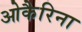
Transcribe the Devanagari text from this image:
ओकैरिना